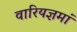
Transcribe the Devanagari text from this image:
वारियज्ञमां